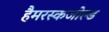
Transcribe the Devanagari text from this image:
हैमरस्कजोल्ड